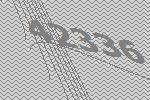
42336